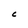
Character: C